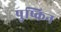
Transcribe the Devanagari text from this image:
पुष्किन